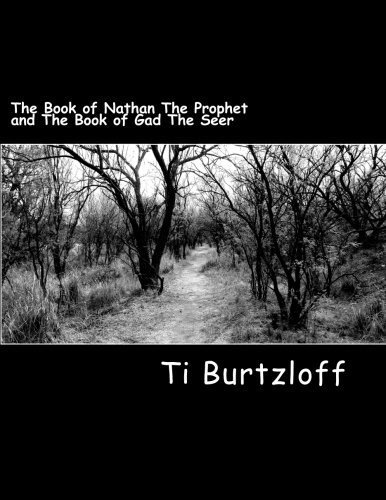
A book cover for The Book of Nathan The Prophet and The Book of Gad The Seer: The Two Witnesses; Ti Burtzloff; Christian Books & Bibles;